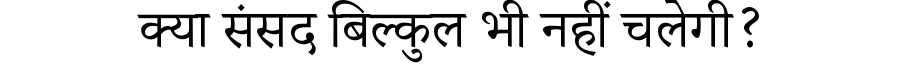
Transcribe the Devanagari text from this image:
क्या संसद बिल्कुल भी नहीं चलेगी?